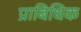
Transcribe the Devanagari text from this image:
प्राबिधिक